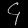
Digit: ၄